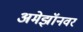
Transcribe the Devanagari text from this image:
अमेझॉनवर